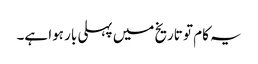
یہ کام تو تاریخ میں پہلی بار ہوا ہے۔